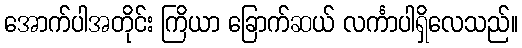
အောက်ပါအတိုင်း ကြိယာ ခြောက်ဆယ် လင်္ကာပါရှိလေသည်။